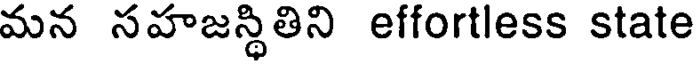
మన సహజస్థితిని effortless state